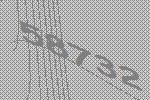
58732